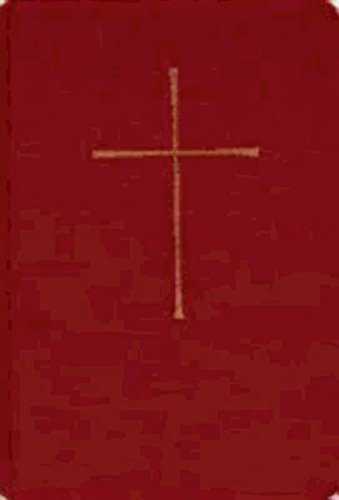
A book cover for The Book of Common Prayer and Administration of the Sacraments and other Rites and Ceremonies of the Church; Church Publishing; Christian Books & Bibles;